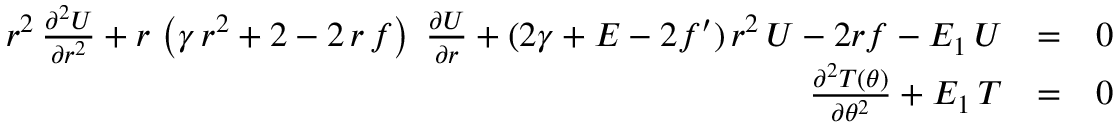
\begin{array} { r l r } { r ^ { 2 } \, { \frac { \partial ^ { 2 } U } { \partial r ^ { 2 } } } + r \, \left( \gamma \, r ^ { 2 } + 2 - 2 \, r \, f \right) \; { \frac { \partial U } { \partial r } } + ( 2 \gamma + E - 2 f ^ { \prime } ) \, r ^ { 2 } \, U - 2 r f - E _ { 1 } \, U } & { = } & { 0 } \\ { { \frac { \partial ^ { 2 } T ( \theta ) } { \partial \theta ^ { 2 } } } + E _ { 1 } \, T } & { = } & { 0 } \end{array}